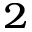
^ 2